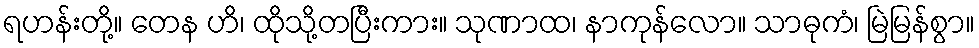
ရဟန်းတို့။ တေန ဟိ၊ ထိုသို့တပြီးကား။ သုဏာထ၊ နာကုန်လော။ သာဓုကံ၊ မြဲမြန်စွာ။